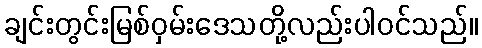
ချင်းတွင်းမြစ်ဝှမ်းဒေသတို့လည်းပါဝင်သည်။